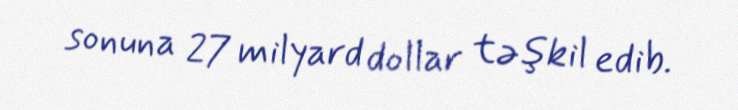
sonuna 27 milyard dollar təşkil edib.